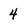
Character: 4